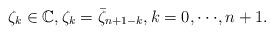
LaTeX: \begin{align*} \zeta_k \in {\mathbb C}, \zeta_k = {\bar \zeta}_{n+1-k}, k = 0, \cdot \cdot \cdot , n+1.\end{align*}